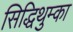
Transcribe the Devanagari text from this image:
सिद्धिथुम्का